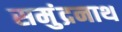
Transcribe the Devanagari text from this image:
समुंद्रनाथ